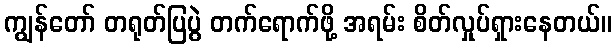
ကျွန်တော် တရုတ်ပြပွဲ တက်ရောက်ဖို့ အရမ်း စိတ်လှုပ်ရှားနေတယ်။